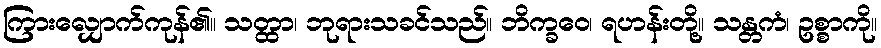
ကြားလျှောက်ကုန်၏။ သတ္ထာ၊ ဘုရားသခင်သည်။ ဘိက္ခဝေ၊ ရဟန်းတို့။ သန္တကံ၊ ဥစ္စာကို။